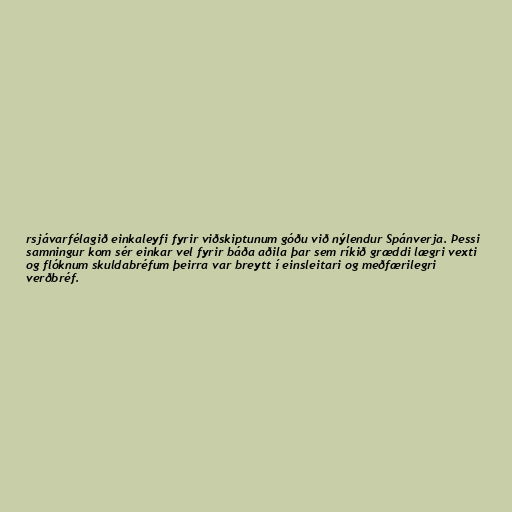
rsjávarfélagið einkaleyfi fyrir viðskiptunum góðu við nýlendur Spánverja. Þessi
samningur kom sér einkar vel fyrir báða aðila þar sem ríkið græddi lægri vexti
og flóknum skuldabréfum þeirra var breytt í einsleitari og meðfærilegri
verðbréf.